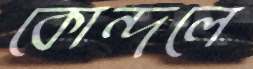
কোন্দলে